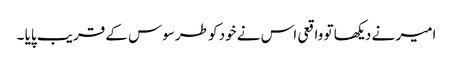
امیر نے دیکھا تو واقعی اس نے خود کو طرسوس کے قریب پایا ۔